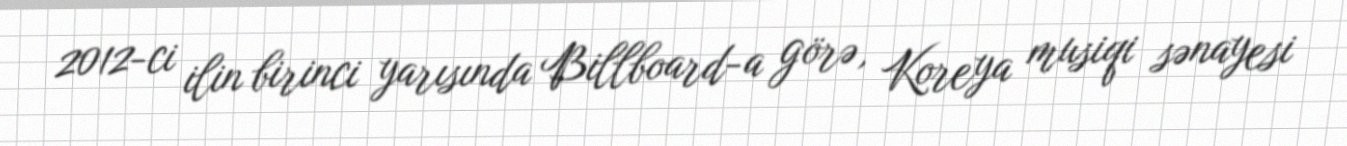
2012-ci ilin birinci yarısında Billboard-a görə, Koreya musiqi sənayesi